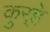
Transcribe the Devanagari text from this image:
कुर्‍हे